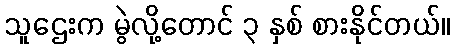
သူဌေးက မွဲလို့တောင် ၃ နှစ် စားနိုင်တယ်။